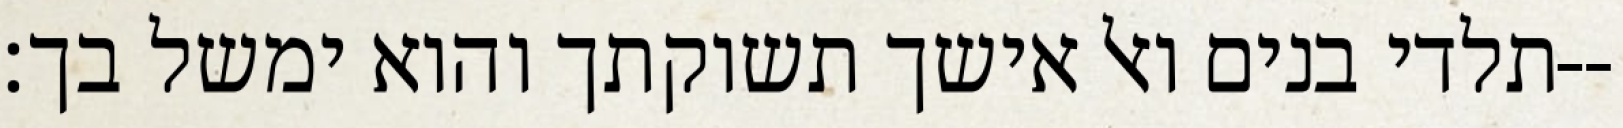
תלדי בנים ואל אישך תשוקתך והוא ימשל בך׃--